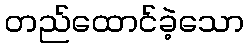
တည်ထောင်ခဲ့သော